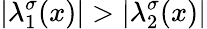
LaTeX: |\lambda_{1}^{\sigma}(x)|>|\lambda_{2}^{\sigma}(x)|